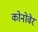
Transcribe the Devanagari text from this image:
कोनोवेर